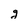
Character: g